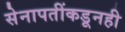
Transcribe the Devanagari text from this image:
सेनापतींकडूनही